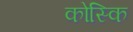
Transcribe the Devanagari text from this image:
कोस्कि